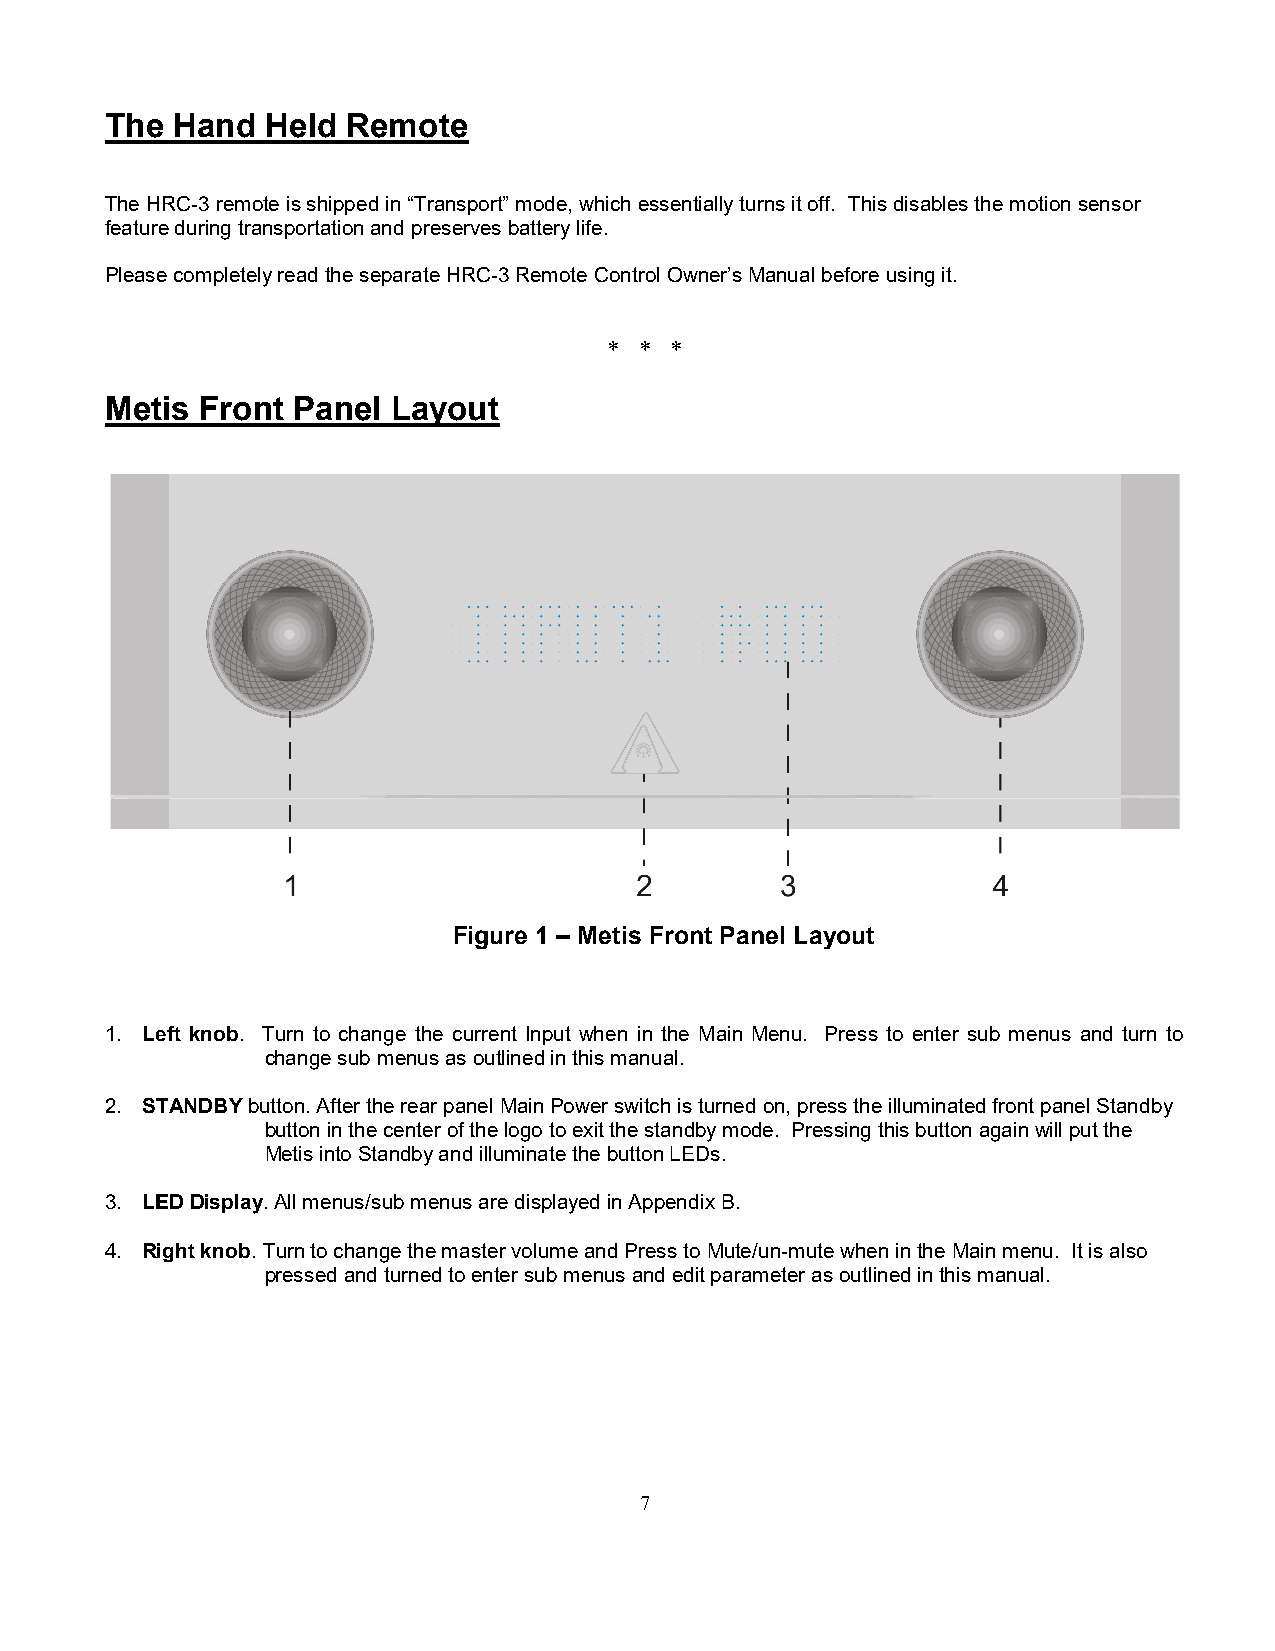
The Hand   Held Remote
 The HRC-3 remote is shipped in “Transport” mode, which essentially turns it off. This disables the motion sensor
 feature during transportation and preserves battery life.
 Please completely read the separate HRC-3 Remote Control Owner’s Manual before using it.
 * * *
 Metis Front Panel  Layout
 Figure 1 – Metis Front Panel Layout
 1. Left knob. Turn to change the current Input when in the Main Menu. Press to enter sub menus and turn to
 change sub menus as outlined in this manual.
 2. STANDBY button. After the rear panel Main Power switch is turned on, press the illuminated front panel Standby
 button in the center of the logo to exit the standby mode. Pressing this button again will put the
 Metis into Standby and illuminate the button LEDs.
 3. LED Display. All menus/sub menus are displayed in Appendix B.
 4. Right knob. Turn to change the master volume and Press to Mute/un-mute when in the Main menu. It is also
 pressed and turned to enter sub menus and edit parameter as outlined in this manual.
 7